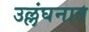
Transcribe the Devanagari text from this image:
उल्लंघनात